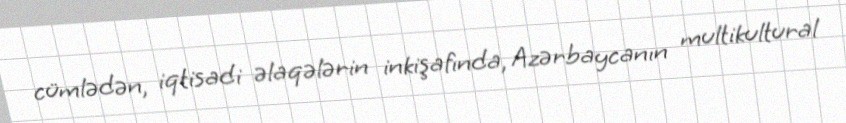
cümlədən, iqtisadi əlaqələrin inkişafında, Azərbaycanın multikultural